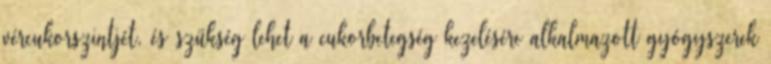
vércukorszintjét, és szükség lehet a cukorbetegség kezelésére alkalmazott gyógyszerek